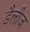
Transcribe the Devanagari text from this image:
डैलीज